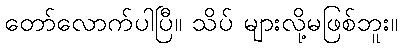
တော်လောက်ပါပြီ။ သိပ် များလို့မဖြစ်ဘူး။